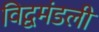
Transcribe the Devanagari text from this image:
विद्वमंडली